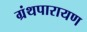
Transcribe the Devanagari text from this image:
ग्रंथपारायण